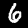
Label: 6